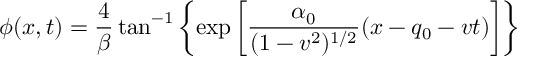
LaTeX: \phi ( x , t ) = { \frac { 4 } { \beta } } \tan ^ { - 1 } \left\{ \exp \left[ { \frac { \alpha _ { 0 } } { ( 1 - v ^ { 2 } ) ^ { 1 / 2 } } } ( x - q _ { 0 } - v t ) \right] \right\}